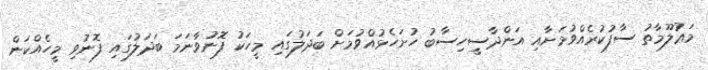
މަޢުލޫމާތު ސާފުކުރެއްވުމަށާއި އަންދާސީހިސާބު ހުށަހެޅުއްވުމަށް ބަދަލުގައި މީހަކު ފޮނުވާނަމަ ބަދަލުގައި ފޮނުވި މީހެއްކަން